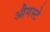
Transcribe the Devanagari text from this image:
औगस्टे